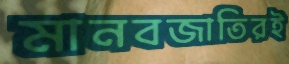
মানবজাতিরই